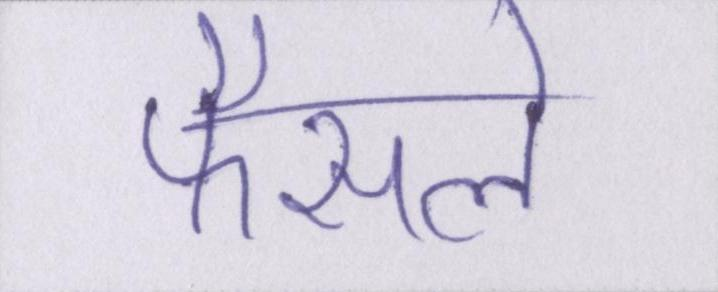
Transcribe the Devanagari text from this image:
फैसले